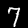
Digit: 7